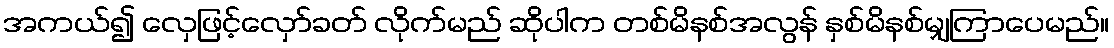
အကယ်၍ လှေဖြင့်လှော်ခတ် လိုက်မည် ဆိုပါက တစ်မိနစ်အလွန် နှစ်မိနစ်မျှကြာပေမည်။